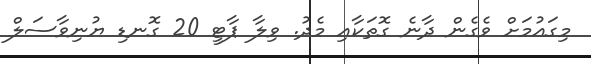
މިގައުމަށް ވެގެން ދާނެ ގޮތަކާއި މެދު. ވިލާ ޕާޓީ 20 ގޮނޑި ޔުނިވާސަލް